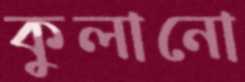
কুলানো